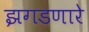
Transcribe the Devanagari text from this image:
झगडणारे